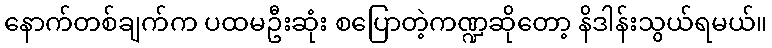
နောက်တစ်ချက်က ပထမဦးဆုံး စပြောတဲ့ကဏ္ဍဆိုတော့ နိဒါန်းသွယ်ရမယ်။